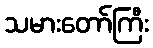
သမားတော်ကြီး